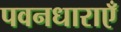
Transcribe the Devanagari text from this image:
पवनधाराएँ